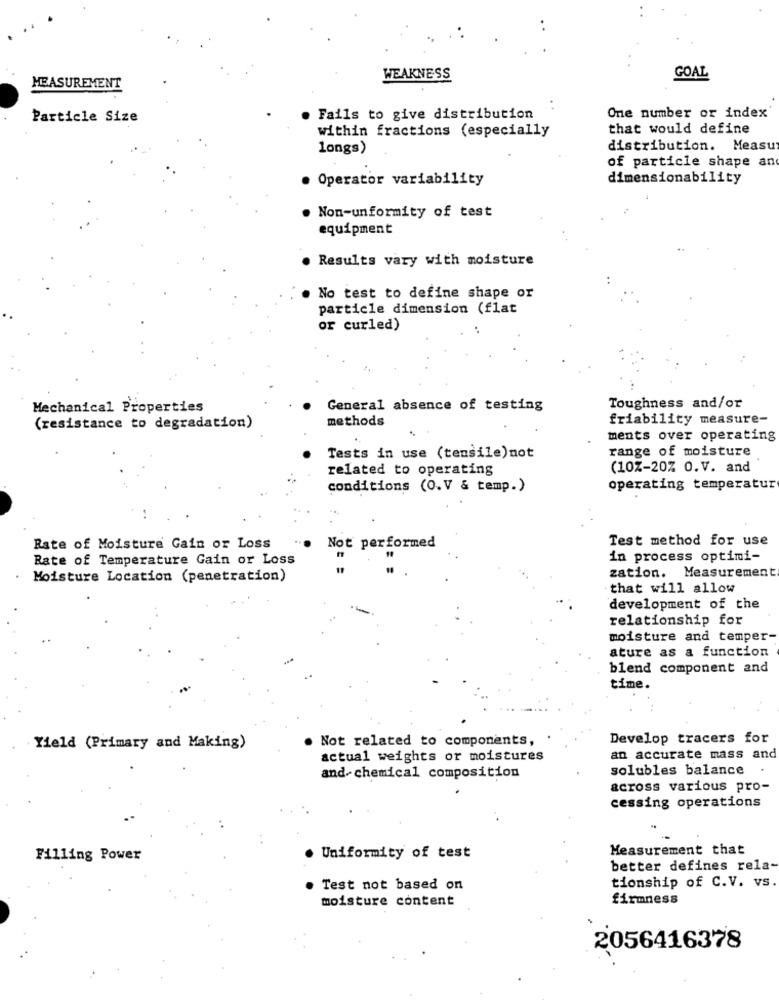
WEAKNESS
GOAL
MEASUREMENT
Particle Size
. Fails to give distribution
One number or index
within fractions (especially
that would define
longs)
distribution. Measur
of particle shape an
. Operator variability
dimensionability
. Non-unformity of test
equipment
. Results vary with moisture
. No test to define shape or
particle dimension (flat
or curled)
Mechanical Properties
General absence of testing
Toughness and/or
methods
friability measure-
(resistance to degradation)
ments over operating
range of moisture
Tests in use (tensile)not
related to operating
(10%-20% O.V. and
conditions (O.V & temp.)
operating temperatur
Test method for use
Rate of Moisture Gain or Loss
Not performed
Rate of Temperature Gain or Loss
in process optimi-
zation. Measurement
Moisture Location (penetration)
that will allow
development of the
relationship for
moisture and temper-
ature as a function
blend component and
time.
Develop tracers for
Yield (Primary and Making)
. Not related to components,
actual weights or moistures
an accurate mass and
solubles balance
and chemical composition
across various pro-
cessing operations
Measurement that
Filling Power
· Uniformity of test
better defines rela-
Test not based on
tionship of C.V. vs
moisture content
firmness
2056416378